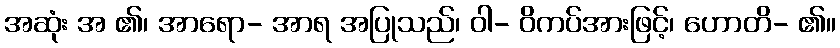
အဆုံး အ ၏၊ အာရော- အာရ အပြုသည်၊ ဝါ- ဝိကပ်အားဖြင့်၊ ဟောတိ- ၏။